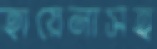
হায়েনাসহ